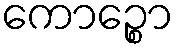
ကောဉ္စော